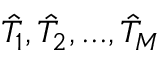
\hat { T } _ { 1 } , \hat { T } _ { 2 } , . . . , \hat { T } _ { M }